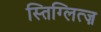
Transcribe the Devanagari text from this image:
स्तिग्लित्ज़